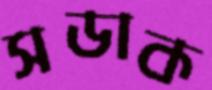
সডাক